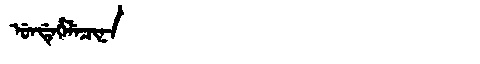
Manchu: ᡠᠨᡩᡝᡥᡝᠯᡝᠴᡳᠨᠠ
Romanization: UNDEHELECINA